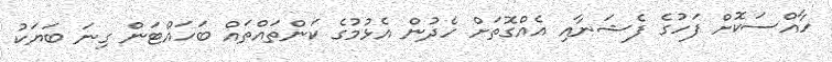
ހާއްސަކޮށް ފަހުގެ ފެޝަނާއި އެއްގޮތަށް ހެދުން އެޅުމުގެ ކަންތައްތައް ބަހައްޓަން ގިނަ ބަޔަކު